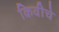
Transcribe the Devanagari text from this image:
किवीचे